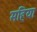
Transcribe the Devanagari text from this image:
महिया